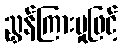
ညွှန်ကြားမှုဖြင့်